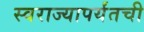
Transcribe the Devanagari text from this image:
स्वराज्यापर्यंतची